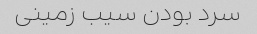
سرد بودن سیب زمینی